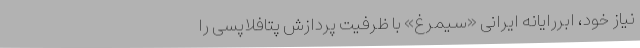
نیاز خود، اَبَررایانه ایرانی «سیمرغ» با ظرفیت پردازش پتافلاپسی را